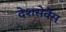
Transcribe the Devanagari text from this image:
देशसेवेस